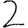
Digit: 2